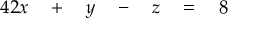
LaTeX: \begin{array} { r l r l r l r l } { { 4 } 2 x } & { { } { } + { } } & { y } & { { } { } - { } } & { z } & { { } { } = { } } & { 8 } & { { } } \end{array}